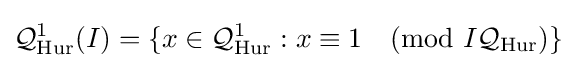
{\mathcal {Q}}_{\mathrm {Hur} }^{1}(I)=\{x\in {\mathcal {Q}}_{\mathrm {Hur} }^{1}:x\equiv 1{\pmod {I{\mathcal {Q}}_{\mathrm {Hur} }}}\}